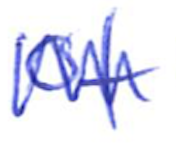
Text: of
Cross-out: zig-zag
Writing tool: ballpoint